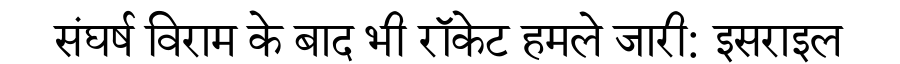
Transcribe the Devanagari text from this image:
संघर्ष विराम के बाद भी रॉकेट हमले जारी: इसराइल